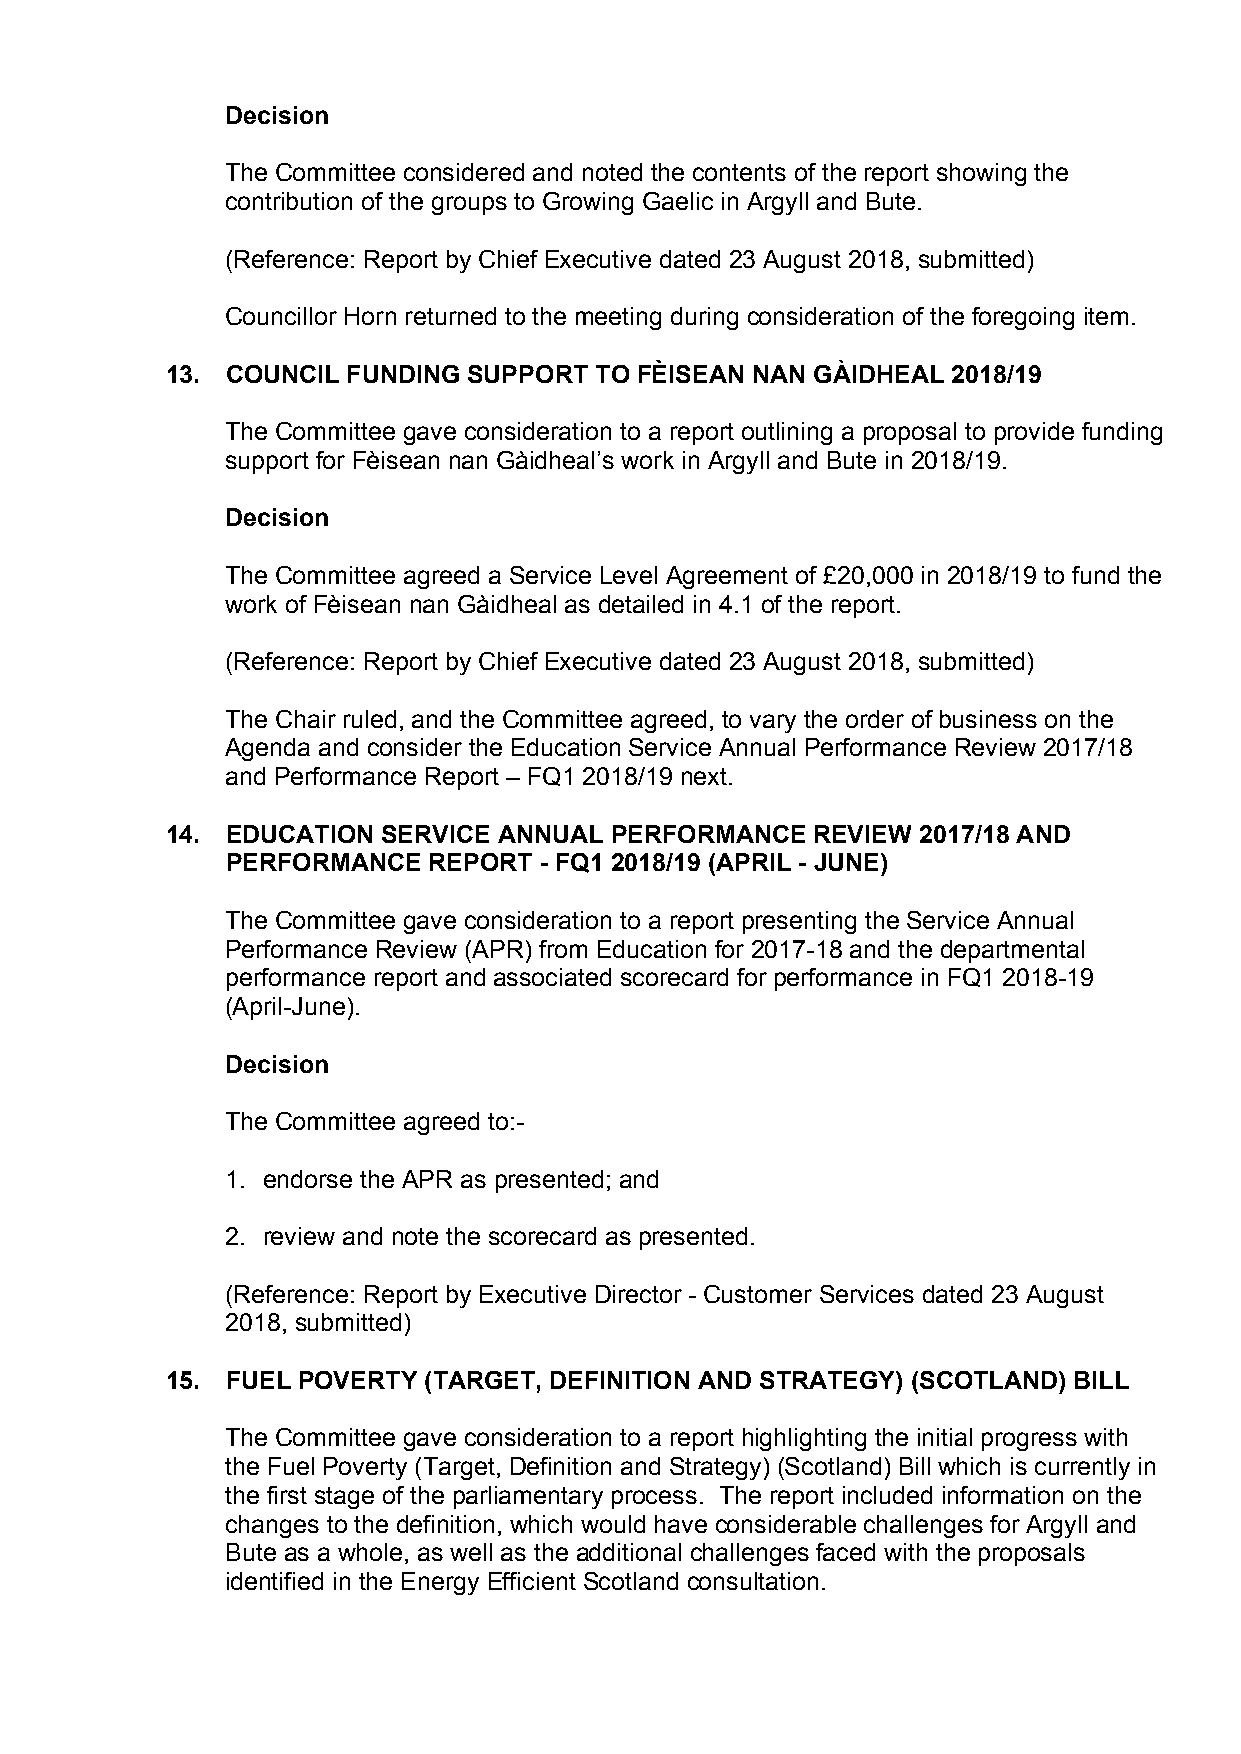
Decision
 The Committee considered and noted the contents of the report showing the
 contribution of the groups to Growing Gaelic in Argyll and Bute.
 (Reference: Report by Chief Executive dated 23 August 2018, submitted)
 Councillor Horn returned to the meeting during consideration of the foregoing item.
 13. COUNCIL FUNDING SUPPORT TO FÈISEAN NAN GÀIDHEAL 2018/19
 The Committee gave consideration to a report outlining a proposal to provide funding
 support for Fèisean nan Gàidheal’s work in Argyll and Bute in 2018/19.
 Decision
 The Committee agreed a Service Level Agreement of £20,000 in 2018/19 to fund the
 work of Fèisean nan Gàidheal as detailed in 4.1 of the report.
 (Reference: Report by Chief Executive dated 23 August 2018, submitted)
 The Chair ruled, and the Committee agreed, to vary the order of business on the
 Agenda and consider the Education Service Annual Performance Review 2017/18
 and Performance Report – FQ1 2018/19 next.
 14. EDUCATION SERVICE ANNUAL PERFORMANCE   REVIEW 2017/18 AND
 PERFORMANCE  REPORT  - FQ1 2018/19 (APRIL - JUNE)
 The Committee gave consideration to a report presenting the Service Annual
 Performance Review (APR) from Education for 2017-18 and the departmental
 performance report and associated scorecard for performance in FQ1 2018-19
 (April-June).
 Decision
 The Committee agreed to:-
 1. endorse the APR as presented; and
 2. review and note the scorecard as presented.
 (Reference: Report by Executive Director - Customer Services dated 23 August
 2018, submitted)
 15. FUEL POVERTY (TARGET, DEFINITION AND STRATEGY) (SCOTLAND) BILL
 The Committee gave consideration to a report highlighting the initial progress with
 the Fuel Poverty (Target, Definition and Strategy) (Scotland) Bill which is currently in
 the first stage of the parliamentary process. The report included information on the
 changes to the definition, which would have considerable challenges for Argyll and
 Bute as a whole, as well as the additional challenges faced with the proposals
 identified in the Energy Efficient Scotland consultation.